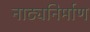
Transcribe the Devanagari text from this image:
नाट्यनिर्माण